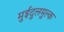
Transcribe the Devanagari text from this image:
मुईदुलमुल्क